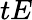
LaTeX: tE